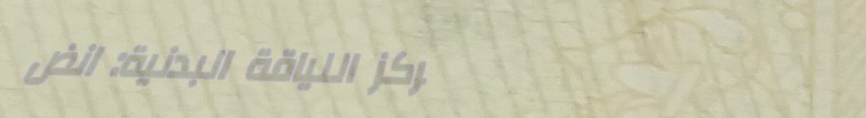
مركز اللياقة البدنية: انض